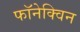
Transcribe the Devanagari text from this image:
फॉनेक्विन